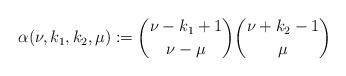
LaTeX: \begin{align*}\alpha(\nu,k_1,k_2,\mu):={{\nu-k_1+1} \choose {\nu-\mu}}{{\nu+k_2-1} \choose \mu}\end{align*}